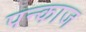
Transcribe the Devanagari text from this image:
पन्काज